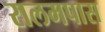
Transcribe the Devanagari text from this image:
रालमपास